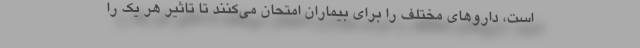
است، داروهای مختلف را برای بیماران امتحان می‌کنند تا تاثیر هر یک را